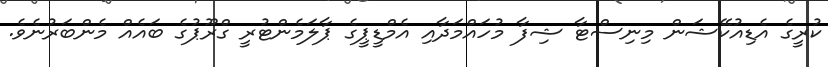
ކުރީގެ އެޑިއުކޭޝަން މިނިސްޓާ ޝިފާ މުހައްމަދާއި އެމްޑީޕީގެ ޕާލަމެންޓުރީ ގްރޫޕުގެ ބައެއް މެންބަރުނެވެ.